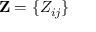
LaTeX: \mathbf { Z } = \{ Z _ { i j } \}